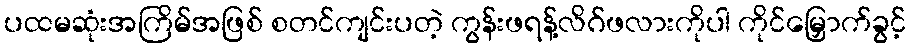
ပထမဆုံးအကြိမ်အဖြစ် စတင်ကျင်းပတဲ့ ကွန်းဖရန့်လိဂ်ဖလားကိုပါ ကိုင်မြှောက်ခွင့်